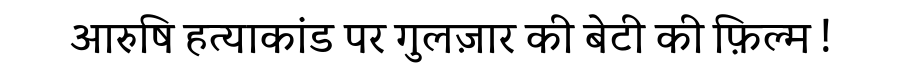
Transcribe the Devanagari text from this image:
आरुषि हत्याकांड पर गुलज़ार की बेटी की फ़िल्म !